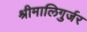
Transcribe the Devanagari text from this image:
श्रीमालिगुर्जर